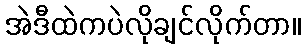
အဲဒီထဲကပဲလိုချင်လိုက်တာ။